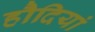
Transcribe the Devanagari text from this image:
हौदियां